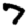
Digit: 7